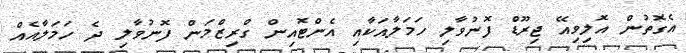
އެގޮތުން އޮލިވިއޭ ޖިރޫޑް ފޮނުވާލި ހަމަލާއަކާއި އެންޓޮއިން ގްރިޒްމަން ފޮނުވާލި ދެ ހަމަލާއެއް